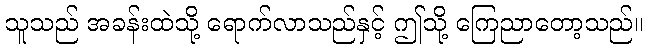
သူသည် အခန်းထဲသို့ ရောက်လာသည်နှင့် ဤသို့ ကြေညာတော့သည်။